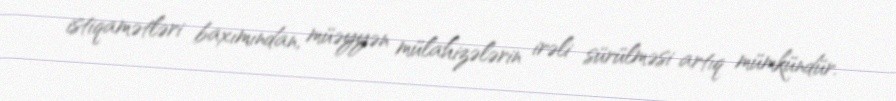
istiqamətləri baxımından, müəyyən mülahizələrin irəli sürülməsi artıq mümkündür.